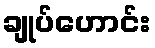
ချုပ်ဟောင်း